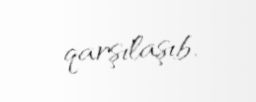
qarşılaşıb.